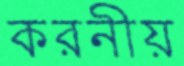
করনীয়